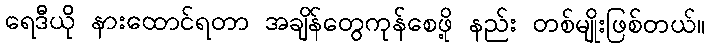
ရေဒီယို နားထောင်ရတာ အချိန်တွေကုန်စေဖို့ နည်း တစ်မျိုးဖြစ်တယ်။